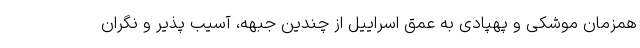
همزمان موشکی و پهپادی به عمق اسراییل از چندین جبهه، آسیب پذیر و نگران